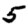
Digit: 5